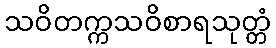
သဝိတက္ကသဝိစာရသုတ္တံ